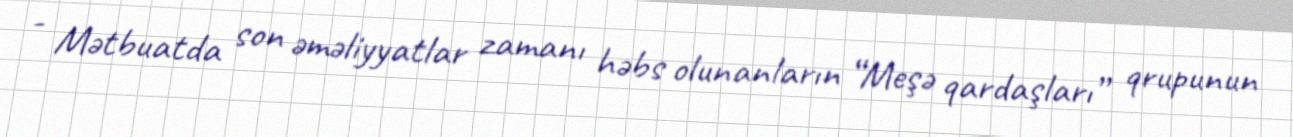
- Mətbuatda son əməliyyatlar zamanı həbs olunanların “Meşə qardaşları” qrupunun